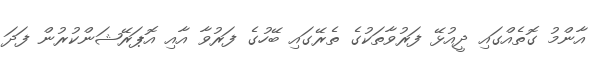
އާންމު ގޮތެއްގައި ދީއުޅޭ ފަރުވާތަކުގެ ތެރޭގައި ބޭހުގެ ފަރުވާ އާއި އޮޕަރޭޝަންކުރުން ފަދަ